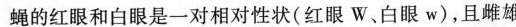
蝇的红眼和白眼是一对相对性状(红眼W、白眼w)，且雌雄